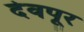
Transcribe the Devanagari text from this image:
देवपूर